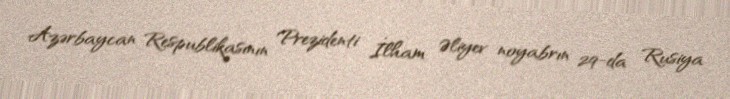
Azərbaycan Respublikasının Prezidenti İlham Əliyev noyabrın 29-da Rusiya